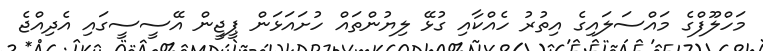
މަހްލޫފްގެ މައްސަލައިގެ އިތުރު ހެއްކާއި ގުޅޭ ލިޔުންތައް ހުށައަޅަން ޕީޖީން އޭސީސީގައި އެދިއްޖެ